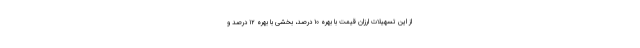
از این تسهیلات ارزان قیمت با بهره ۱۰ درصد، بخشی با بهره ۱۲ درصد و